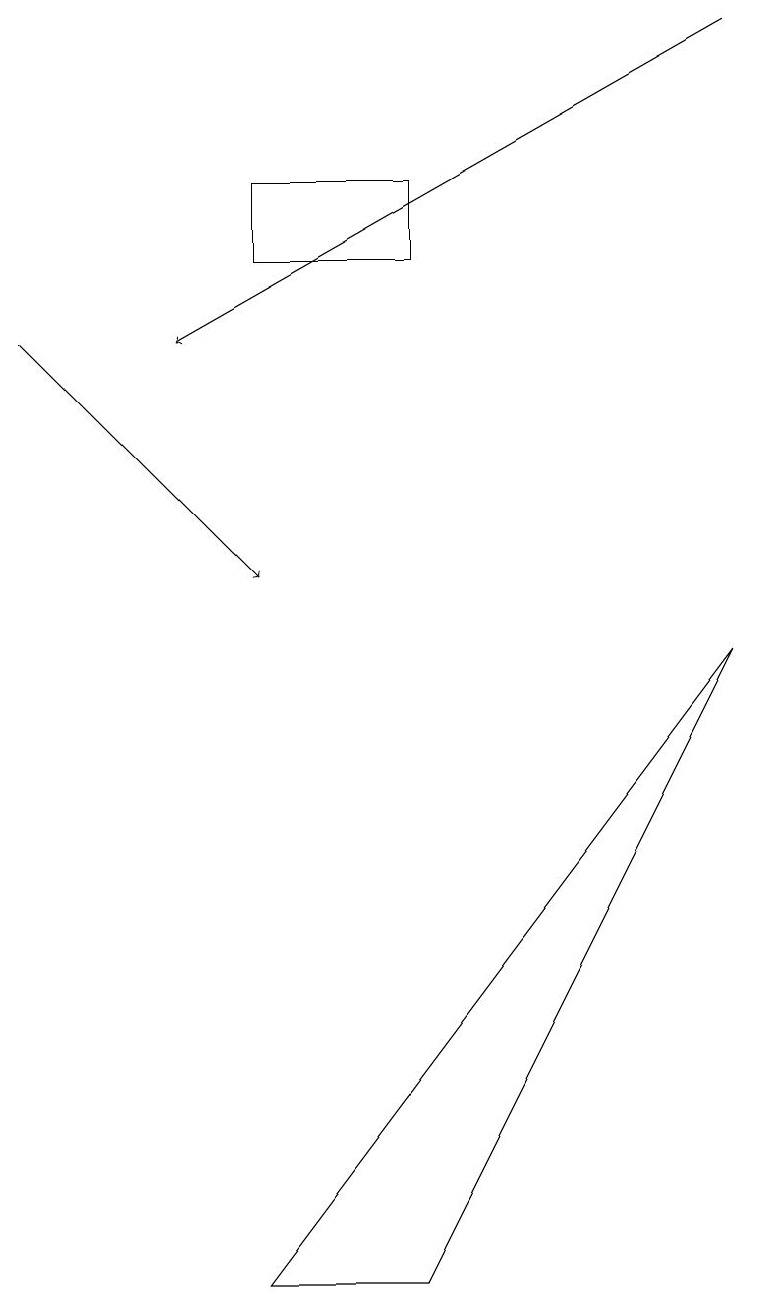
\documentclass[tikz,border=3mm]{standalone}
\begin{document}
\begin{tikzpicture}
\draw[->] (9,17) -- (2,13);
\draw[->] (0,13) -- (3,10);
\draw (5,1) -- (9,9) -- (3,1) -- cycle;
\draw (3,14) rectangle (5,15);
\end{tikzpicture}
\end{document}